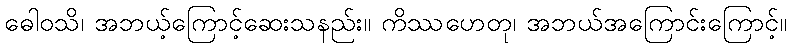
ဓေါဝသိ၊ အဘယ့်ကြောင့်ဆေးသနည်း။ ကိဿဟေတု၊ အဘယ်အကြောင်းကြောင့်။